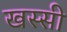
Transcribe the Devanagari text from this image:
खस्सी